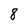
Character: 8